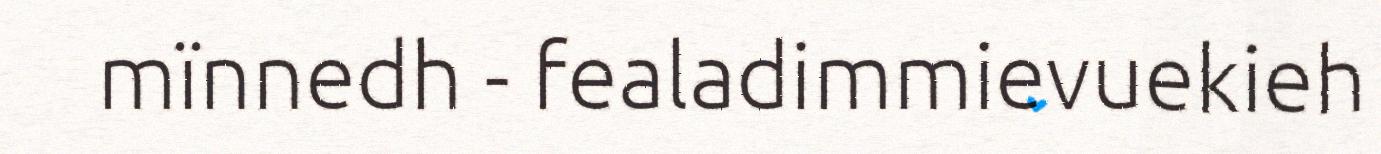
mïnnedh - fealadimmievuekieh